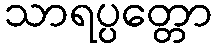
သာရပ္ပတ္တော